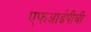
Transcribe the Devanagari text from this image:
एफआईपीबी